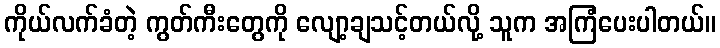
ကိုယ်လက်ခံတဲ့ ကွတ်ကီးတွေကို လျော့ချသင့်တယ်လို့ သူက အကြံပေးပါတယ်။